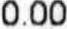
0.00